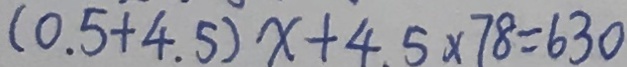
( 0 . 5 + 4 . 5 ) x + 4 . 5 \times 7 8 = 6 3 0